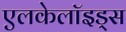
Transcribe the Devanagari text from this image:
एलकेलॉइड्स